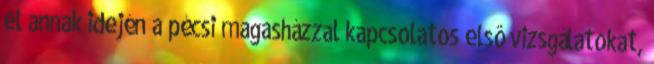
el annak idején a pécsi magasházzal kapcsolatos elsô vizsgálatokat,